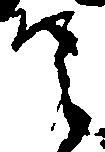
之